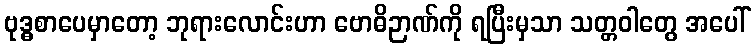
ဗုဒ္ဓစာပေမှာတော့ ဘုရားလောင်းဟာ ဗောဓိဉာဏ်ကို ရပြီးမှသာ သတ္တဝါတွေ အပေါ်